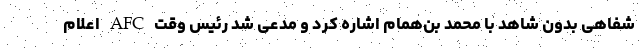
شفاهی بدون شاهد با محمد بن‌همام اشاره کرد و مدعی شد رئیس وقت AFC اعلام